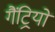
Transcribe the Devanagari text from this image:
गैंट्रियों